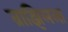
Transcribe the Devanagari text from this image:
ब्राझिलला